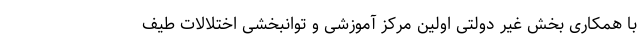
با همکاری بخش غیر دولتی اولین مرکز آموزشی و توانبخشی اختلالات طیف